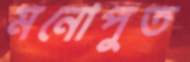
মনোপুত